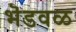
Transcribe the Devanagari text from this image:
भॆडवळ